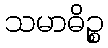
သမာဓိဉ္စ